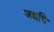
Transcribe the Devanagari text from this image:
जद्यपि